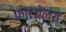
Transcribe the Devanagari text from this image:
फारसेलस